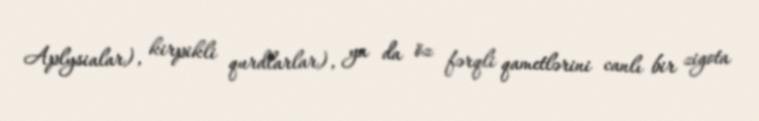
Aplysialar), kirpikli qurdlarlar), ya da öz fərqli qametlərini canlı bir zigota